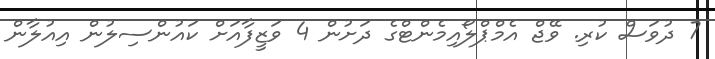
7 ދުވަސް ކުރި. ވޭޖް އެމްޕްލޯއިމެންޓްގެ ދަށުން 4 ވަޒީފާއަށް ކައުންސިލުން އިއުލާން